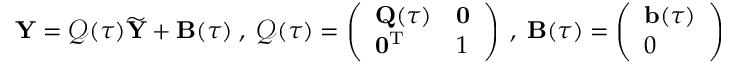
{ \mathbf Y } = \boldsymbol { \mathcal Q } ( \tau ) \widetilde { { \mathbf Y } } + { \mathbf B } ( \tau ) \; , \; \boldsymbol { \mathcal Q } ( \tau ) = \left( \begin{array} { l l } { { \mathbf Q } ( \tau ) } & { { \mathbf 0 } } \\ { { \mathbf 0 } ^ { { \mathrm T } } } & { 1 } \end{array} \right) \; , \; { \mathbf B } ( \tau ) = \left( \begin{array} { l } { { \mathbf b } ( \tau ) } \\ { 0 } \end{array} \right)